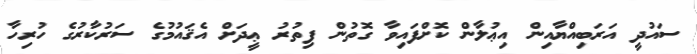
ސައުދީ އަރަބިއްޔާއިން އިޢުލާން ކޮށްފައިވާ ގޮތުން ފިތުރު ޢީދަށް އެޤައުމުގެ ސަރުކާރުގެ ހުރިހާ